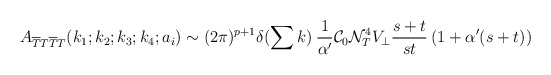
\begin{align*}A_{\overline{T}T\overline{T}T}(k_{1};k_{2};k_{3};k_{4};a_{i})\sim (2\pi )^{p+1}\delta (\sum k)\: \frac{1}{\alpha '}{\cal C}_{0}{\cal N}^{4}_{T}V_{\bot }\frac{s+t}{st}\left( 1+\alpha '(s+t)\right)\end{align*}